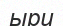
ыри